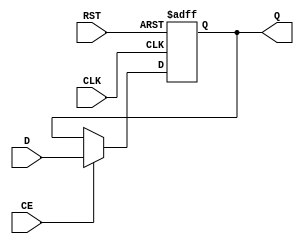
module input_register (
    input wire D,           // Data Input
    input wire CLK,         // Clock Input
    input wire RST,         // Reset Input (Asynchronous)
    input wire CE,          // Clock Enable (optional)
    output reg Q           // Data Output
);

// Asynchronous reset behavior
always @(posedge CLK or posedge RST) begin
    if (RST) begin
        Q <= 1'b0;         // Reset Q to 0
    end else if (CE) begin
        Q <= D;            // Capture input data on clock edge if enabled
    end
end

endmodule